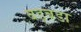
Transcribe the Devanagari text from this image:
बड्बडा